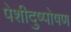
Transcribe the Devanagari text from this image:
पेशीदुष्पोषण